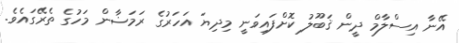
އޭނާ އިސްލާމް ދީން ޤަބޫލު ކޮށްފައިވަނީ މިދިޔަ އަހަރުގެ ރަމަޟާން މަހުގެ ތެރޭގައެވެ.